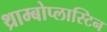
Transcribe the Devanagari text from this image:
थ्राम्बोप्लास्टिन